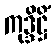
ကုဒ္ဒိဋ္ဌိံ